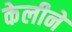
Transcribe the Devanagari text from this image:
केलीने